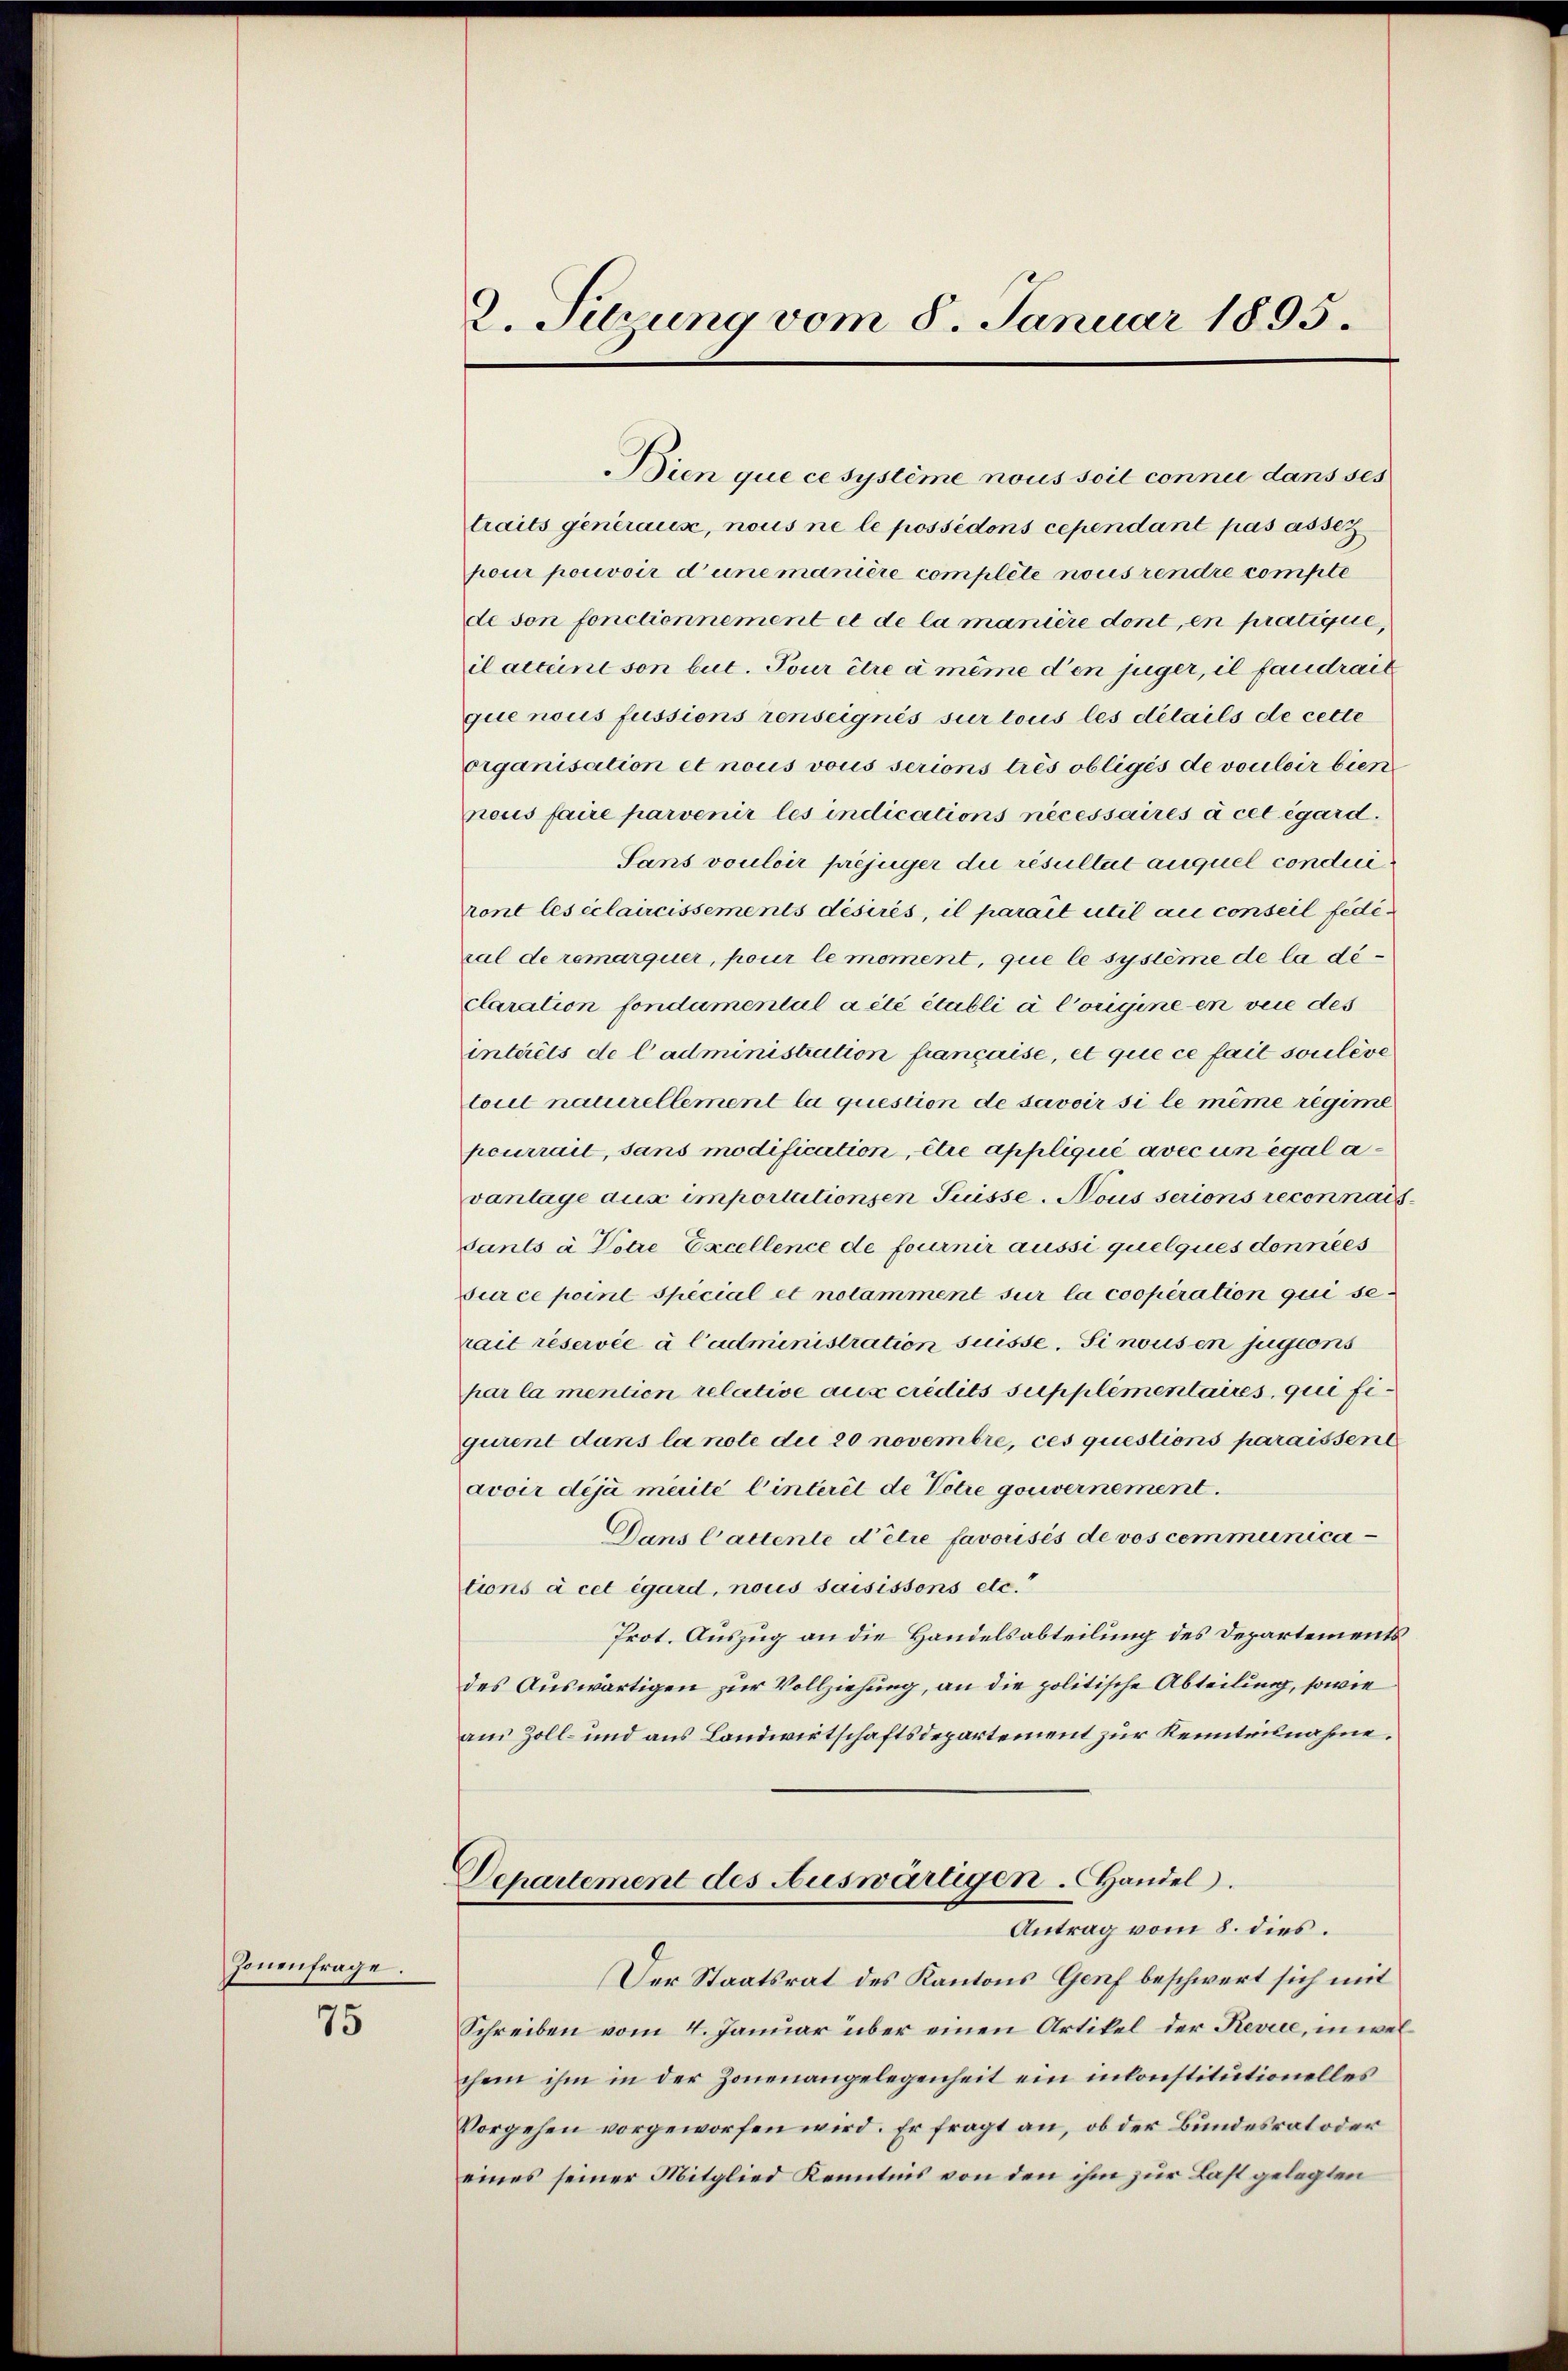
Jonenfrage.

75

2. Sitzung vom 8. Januar 1895.

Bien que ce système nous soit connie dans ses
traits generaus, nous ne le possédons cependant pas asse
pour pouvoir d’une manière complete nous rendre compte
de son fonctionnement et de la manière dont en pratique,
ilattene son but. Tour être à même den juger, il fandrait
que nous fussions renseignis sur tous les détails de cette
organisation et nous vous serions trés obligés de vouloir bien
nous faire parvenir les indications nécessaires à cet égard.
Sans vouloir préjuger die resultat auquel conduiront les éclaircissements désires, il parait util au conseil fede
ral de remarquer, pour le moment, que le système de la déclaration fondamental a été établi à Corigine en vice des
intérêts de l’administration française, et que ce fait souleve
toul naturellement la question de savoir si le même regime
peurrail, sans modification, étre appliqué avec un égal avantage aus importationsen Suisse. Nous serions reconnais
dants à Votire Excellence de fournir aussi quelques données
sur ce point special et notamment sur la cooperation qui se
rait réservie à l’administration suisse. Si nous en jugens
par la mention relative aux credits supplémentaires, qui fi
gurent dans la note die 20 novembre, ces questions paraissent
avoir déjà mérite Einterit de Votie gouvernement.
Dans Cattente d’être favorisés de vos communications à cet égard, nous saisissons etc.“
Prot. Auszug an die Handelsabteilung des Departements
des Auswärtigen zur Vollziehung, an die politische Abteilung, sowie
aus Zoll- und aus Landwirtschaftsdepartement zur Kenntnisnahme.
Departement des Auswärtigen. Handel.
Antrag vom 8. dies.
Der Staatsrat des Kantons Genf beschwert sich mit
Schreiben vom 4. Januar über einen Artikel der Revice, in welchem ihm in der Zonenangelegenheit ein inconstitutionelles
Vorgehen vorgeworfen wird. Er fragt an, ob der Bundesrat oder
eines seiner Mitglied Kenntnis von den ihm zur Last gelegten